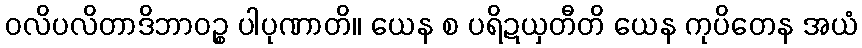
ဝလိပလိတာဒိဘာဝဉ္စ ပါပုဏာတိ။ ယေန စ ပရိဍယှတီတိ ယေန ကုပိတေန အယံ